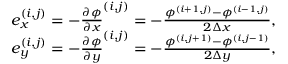
\begin{array} { r } { e _ { x } ^ { ( i , j ) } = - \frac { \partial \phi } { \partial x } ^ { ( i , j ) } = - \frac { \phi ^ { ( i + 1 , j ) } - \phi ^ { ( i - 1 , j ) } } { 2 \Delta x } , } \\ { e _ { y } ^ { ( i , j ) } = - \frac { \partial \phi } { \partial y } ^ { ( i , j ) } = - \frac { \phi ^ { ( i , j + 1 ) } - \phi ^ { ( i , j - 1 ) } } { 2 \Delta y } , } \end{array}